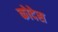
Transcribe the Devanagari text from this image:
कोदेस